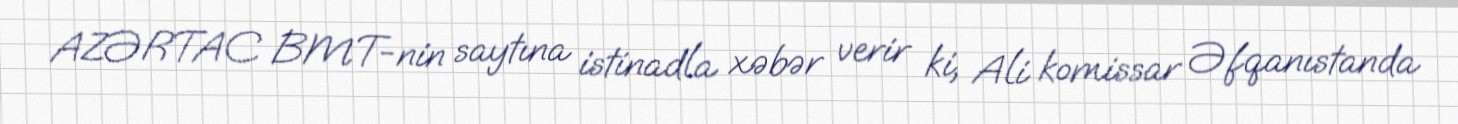
AZƏRTAC BMT-nin saytına istinadla xəbər verir ki, Ali komissar Əfqanıstanda